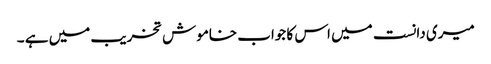
میری دانست میں اس کا جواب خاموش تخریب میں ہے ۔